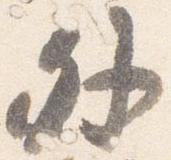
外